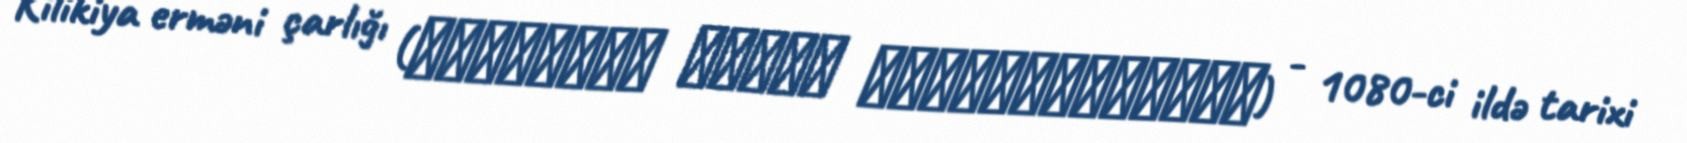
Kilikiya erməni çarlığı (Կիլիկիոյ Հայոց Թագաւորութիւն) - 1080-ci ildə tarixi